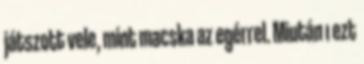
játszott vele, mint macska az egérrel. Miután ı ezt